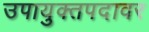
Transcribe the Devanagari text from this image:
उपायुक्तपदावर